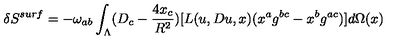
\delta S ^ { s u r f } = - \omega _ { a b } \int _ { \Lambda } ( D _ { c } - \frac { 4 x _ { c } } { R ^ { 2 } } ) [ L ( u , D u , x ) ( x ^ { a } g ^ { b c } - x ^ { b } g ^ { a c } ) ] d \Omega ( x )